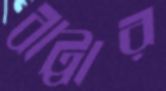
বাট্টার